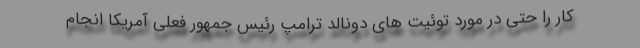
کار را حتی در مورد توئیت های دونالد ترامپ رئیس جمهور فعلی آمریکا انجام